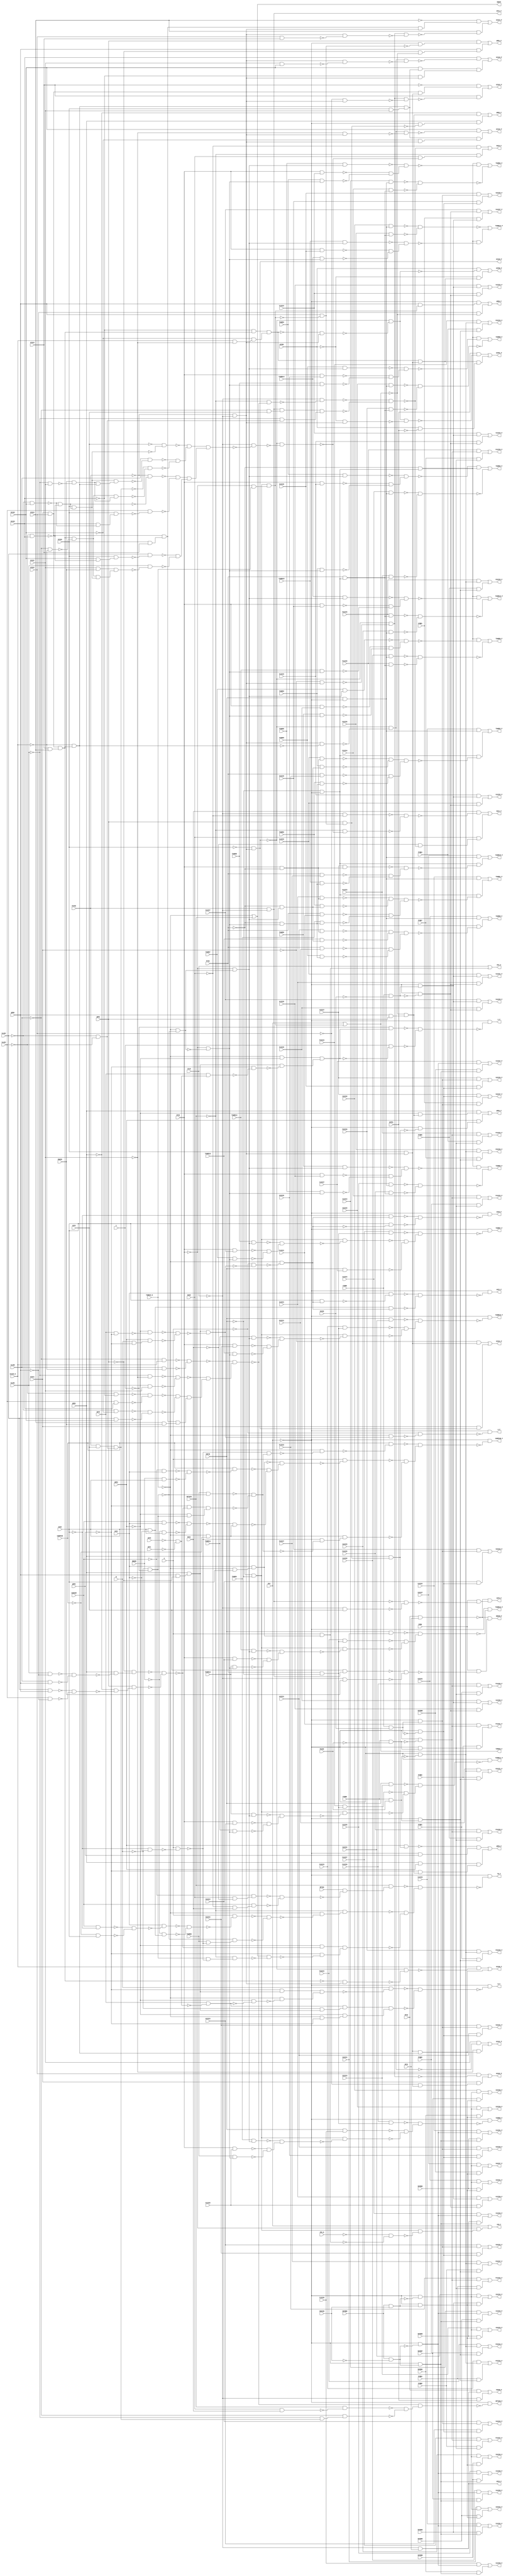
module apex6 ( 
    PSRW, VFIN, PFIN, INFIN, VYBB0, VYBB1, VZZZE, PYBB0, PYBB1, PYBB2,
    PYBB3, PYBB4, PYBB5, PYBB6, PYBB7, PYBB8, PZZZE, INYBB0, INYBB1,
    INYBB2, INYBB3, INYBB4, INYBB5, INYBB6, INYBB7, INYBB8, INZZZE, MMERR,
    ESRSUM, CBT0, CBT1, CBT2, SLAD0, SLAD1, SLAD2, SLAD3, PSYNC, RPTEN,
    ICLR, STW_N, P1ZZZ0, P1ZZZ1, P1ZZZ2, P1ZZZ3, P1ZZZ4, P1ZZZ5, P1ZZZ6,
    P1ZZZ7, P2ZZZ0, P2ZZZ1, P2ZZZ2, P2ZZZ3, P2ZZZ4, P2ZZZ5, P2ZZZ6, P2ZZZ7,
    I1ZZZ0, I1ZZZ1, I1ZZZ2, I1ZZZ3, I1ZZZ4, I1ZZZ5, I1ZZZ6, I1ZZZ7, I2ZZZ0,
    I2ZZZ1, I2ZZZ2, I2ZZZ3, I2ZZZ4, I2ZZZ5, I2ZZZ6, I2ZZZ7, TXMESS_N, RYZ,
    COMPPAR, RPTWIN, XZFR0, XZFR1, XZFS, RXZ0, RXZ1, OFS2, OFS1, A, B, C,
    QPR0, QPR1, QPR2, QPR3, QPR4, AXZ0, AXZ1, V1ZZZ0, V1ZZZ1, V1ZZZ2,
    V1ZZZ3, V1ZZZ4, V1ZZZ5, V1ZZZ6, V1ZZZ7, V2ZZZ0, V2ZZZ1, V2ZZZ2, V2ZZZ3,
    V2ZZZ4, V2ZZZ5, V2ZZZ6, V2ZZZ7, TXWRD0, TXWRD1, TXWRD2, TXWRD3, TXWRD4,
    TXWRD5, TXWRD6, TXWRD7, TXWRD8, TXWRD9, TXWRD10, TXWRD11, TXWRD12,
    TXWRD13, TXWRD14, TXWRD15, XZ320, XZ321, XZ322, XZ323, XZ324, XZ160_N,
    XZ161, XZ162, XZ163, ENWIN,
    SBUFF, STW_F, TD_P, FSESR_P, P1ZZZ0_P, P1ZZZ1_P, P1ZZZ2_P, P1ZZZ3_P,
    P1ZZZ4_P, P1ZZZ5_P, P1ZZZ6_P, P1ZZZ7_P, P2ZZZ0_P, P2ZZZ1_P, P2ZZZ2_P,
    P2ZZZ3_P, P2ZZZ4_P, P2ZZZ5_P, P2ZZZ6_P, P2ZZZ7_P, I1ZZZ0_P, I1ZZZ1_P,
    I1ZZZ2_P, I1ZZZ3_P, I1ZZZ4_P, I1ZZZ5_P, I1ZZZ6_P, I1ZZZ7_P, I2ZZZ0_P,
    I2ZZZ1_P, I2ZZZ2_P, I2ZZZ3_P, I2ZZZ4_P, I2ZZZ5_P, I2ZZZ6_P, I2ZZZ7_P,
    TXMESS_F, RYZ_P, COMPPAR_P, RPTWIN_P, XZFR0_P, XZFR1_P, XZFS_P, RXZ0_P,
    RXZ1_P, OFS2_P, OFS1_P, A_P, B_P, C_P, QPR0_P, QPR1_P, QPR2_P, QPR3_P,
    QPR4_P, AXZ0_P, AXZ1_P, V1ZZZ0_P, V1ZZZ1_P, V1ZZZ2_P, V1ZZZ3_P,
    V1ZZZ4_P, V1ZZZ5_P, V1ZZZ6_P, V1ZZZ7_P, V2ZZZ0_P, V2ZZZ1_P, V2ZZZ2_P,
    V2ZZZ3_P, V2ZZZ4_P, V2ZZZ5_P, V2ZZZ6_P, V2ZZZ7_P, TXWRD0_P, TXWRD1_P,
    TXWRD2_P, TXWRD3_P, TXWRD4_P, TXWRD5_P, TXWRD6_P, TXWRD7_P, TXWRD8_P,
    TXWRD9_P, TXWRD10_P, TXWRD11_P, TXWRD12_P, TXWRD13_P, TXWRD14_P,
    TXWRD15_P, XZ320_P, XZ321_P, XZ322_P, XZ323_P, XZ324_P, XZ160_F,
    XZ161_P, XZ162_P, XZ163_P, ENWIN_P  );
  input  PSRW, VFIN, PFIN, INFIN, VYBB0, VYBB1, VZZZE, PYBB0, PYBB1,
    PYBB2, PYBB3, PYBB4, PYBB5, PYBB6, PYBB7, PYBB8, PZZZE, INYBB0, INYBB1,
    INYBB2, INYBB3, INYBB4, INYBB5, INYBB6, INYBB7, INYBB8, INZZZE, MMERR,
    ESRSUM, CBT0, CBT1, CBT2, SLAD0, SLAD1, SLAD2, SLAD3, PSYNC, RPTEN,
    ICLR, STW_N, P1ZZZ0, P1ZZZ1, P1ZZZ2, P1ZZZ3, P1ZZZ4, P1ZZZ5, P1ZZZ6,
    P1ZZZ7, P2ZZZ0, P2ZZZ1, P2ZZZ2, P2ZZZ3, P2ZZZ4, P2ZZZ5, P2ZZZ6, P2ZZZ7,
    I1ZZZ0, I1ZZZ1, I1ZZZ2, I1ZZZ3, I1ZZZ4, I1ZZZ5, I1ZZZ6, I1ZZZ7, I2ZZZ0,
    I2ZZZ1, I2ZZZ2, I2ZZZ3, I2ZZZ4, I2ZZZ5, I2ZZZ6, I2ZZZ7, TXMESS_N, RYZ,
    COMPPAR, RPTWIN, XZFR0, XZFR1, XZFS, RXZ0, RXZ1, OFS2, OFS1, A, B, C,
    QPR0, QPR1, QPR2, QPR3, QPR4, AXZ0, AXZ1, V1ZZZ0, V1ZZZ1, V1ZZZ2,
    V1ZZZ3, V1ZZZ4, V1ZZZ5, V1ZZZ6, V1ZZZ7, V2ZZZ0, V2ZZZ1, V2ZZZ2, V2ZZZ3,
    V2ZZZ4, V2ZZZ5, V2ZZZ6, V2ZZZ7, TXWRD0, TXWRD1, TXWRD2, TXWRD3, TXWRD4,
    TXWRD5, TXWRD6, TXWRD7, TXWRD8, TXWRD9, TXWRD10, TXWRD11, TXWRD12,
    TXWRD13, TXWRD14, TXWRD15, XZ320, XZ321, XZ322, XZ323, XZ324, XZ160_N,
    XZ161, XZ162, XZ163, ENWIN;
  output SBUFF, STW_F, TD_P, FSESR_P, P1ZZZ0_P, P1ZZZ1_P, P1ZZZ2_P, P1ZZZ3_P,
    P1ZZZ4_P, P1ZZZ5_P, P1ZZZ6_P, P1ZZZ7_P, P2ZZZ0_P, P2ZZZ1_P, P2ZZZ2_P,
    P2ZZZ3_P, P2ZZZ4_P, P2ZZZ5_P, P2ZZZ6_P, P2ZZZ7_P, I1ZZZ0_P, I1ZZZ1_P,
    I1ZZZ2_P, I1ZZZ3_P, I1ZZZ4_P, I1ZZZ5_P, I1ZZZ6_P, I1ZZZ7_P, I2ZZZ0_P,
    I2ZZZ1_P, I2ZZZ2_P, I2ZZZ3_P, I2ZZZ4_P, I2ZZZ5_P, I2ZZZ6_P, I2ZZZ7_P,
    TXMESS_F, RYZ_P, COMPPAR_P, RPTWIN_P, XZFR0_P, XZFR1_P, XZFS_P, RXZ0_P,
    RXZ1_P, OFS2_P, OFS1_P, A_P, B_P, C_P, QPR0_P, QPR1_P, QPR2_P, QPR3_P,
    QPR4_P, AXZ0_P, AXZ1_P, V1ZZZ0_P, V1ZZZ1_P, V1ZZZ2_P, V1ZZZ3_P,
    V1ZZZ4_P, V1ZZZ5_P, V1ZZZ6_P, V1ZZZ7_P, V2ZZZ0_P, V2ZZZ1_P, V2ZZZ2_P,
    V2ZZZ3_P, V2ZZZ4_P, V2ZZZ5_P, V2ZZZ6_P, V2ZZZ7_P, TXWRD0_P, TXWRD1_P,
    TXWRD2_P, TXWRD3_P, TXWRD4_P, TXWRD5_P, TXWRD6_P, TXWRD7_P, TXWRD8_P,
    TXWRD9_P, TXWRD10_P, TXWRD11_P, TXWRD12_P, TXWRD13_P, TXWRD14_P,
    TXWRD15_P, XZ320_P, XZ321_P, XZ322_P, XZ323_P, XZ324_P, XZ160_F,
    XZ161_P, XZ162_P, XZ163_P, ENWIN_P;
  wire new_n236_, new_n237_, new_n238_, new_n239_, new_n240_, new_n241_,
    new_n242_, new_n244_, new_n245_, new_n246_, new_n247_, new_n248_,
    new_n249_, new_n250_, new_n251_, new_n252_, new_n253_, new_n254_,
    new_n255_, new_n256_, new_n257_, new_n258_, new_n259_, new_n260_,
    new_n261_, new_n262_, new_n263_, new_n264_, new_n265_, new_n266_,
    new_n267_, new_n268_, new_n269_, new_n270_, new_n271_, new_n272_,
    new_n273_, new_n274_, new_n275_, new_n276_, new_n277_, new_n278_,
    new_n279_, new_n280_, new_n281_, new_n282_, new_n283_, new_n284_,
    new_n285_, new_n288_, new_n289_, new_n291_, new_n292_, new_n293_,
    new_n294_, new_n295_, new_n297_, new_n298_, new_n300_, new_n301_,
    new_n303_, new_n304_, new_n306_, new_n307_, new_n309_, new_n310_,
    new_n312_, new_n313_, new_n315_, new_n316_, new_n318_, new_n319_,
    new_n320_, new_n321_, new_n322_, new_n324_, new_n325_, new_n327_,
    new_n328_, new_n330_, new_n331_, new_n333_, new_n334_, new_n336_,
    new_n337_, new_n339_, new_n340_, new_n342_, new_n343_, new_n345_,
    new_n346_, new_n347_, new_n348_, new_n349_, new_n351_, new_n352_,
    new_n354_, new_n355_, new_n357_, new_n358_, new_n360_, new_n361_,
    new_n363_, new_n364_, new_n366_, new_n367_, new_n369_, new_n370_,
    new_n372_, new_n373_, new_n374_, new_n375_, new_n376_, new_n378_,
    new_n379_, new_n381_, new_n382_, new_n384_, new_n385_, new_n387_,
    new_n388_, new_n390_, new_n391_, new_n393_, new_n394_, new_n396_,
    new_n397_, new_n399_, new_n400_, new_n403_, new_n404_, new_n405_,
    new_n406_, new_n407_, new_n408_, new_n409_, new_n410_, new_n411_,
    new_n412_, new_n413_, new_n414_, new_n415_, new_n416_, new_n417_,
    new_n418_, new_n419_, new_n420_, new_n421_, new_n422_, new_n423_,
    new_n424_, new_n425_, new_n426_, new_n428_, new_n429_, new_n430_,
    new_n431_, new_n432_, new_n433_, new_n434_, new_n435_, new_n436_,
    new_n437_, new_n438_, new_n439_, new_n440_, new_n441_, new_n442_,
    new_n443_, new_n444_, new_n445_, new_n446_, new_n447_, new_n448_,
    new_n449_, new_n450_, new_n451_, new_n452_, new_n453_, new_n454_,
    new_n455_, new_n456_, new_n457_, new_n459_, new_n460_, new_n461_,
    new_n462_, new_n463_, new_n464_, new_n465_, new_n467_, new_n468_,
    new_n469_, new_n470_, new_n471_, new_n472_, new_n474_, new_n475_,
    new_n476_, new_n477_, new_n478_, new_n481_, new_n482_, new_n483_,
    new_n484_, new_n486_, new_n487_, new_n488_, new_n489_, new_n490_,
    new_n491_, new_n492_, new_n493_, new_n494_, new_n495_, new_n496_,
    new_n497_, new_n498_, new_n499_, new_n500_, new_n501_, new_n502_,
    new_n503_, new_n504_, new_n505_, new_n506_, new_n507_, new_n508_,
    new_n509_, new_n510_, new_n511_, new_n512_, new_n513_, new_n514_,
    new_n515_, new_n516_, new_n517_, new_n518_, new_n519_, new_n520_,
    new_n521_, new_n522_, new_n523_, new_n524_, new_n525_, new_n526_,
    new_n527_, new_n528_, new_n529_, new_n531_, new_n532_, new_n533_,
    new_n534_, new_n535_, new_n536_, new_n538_, new_n539_, new_n540_,
    new_n541_, new_n542_, new_n543_, new_n544_, new_n545_, new_n546_,
    new_n547_, new_n549_, new_n550_, new_n551_, new_n552_, new_n553_,
    new_n554_, new_n555_, new_n556_, new_n557_, new_n558_, new_n559_,
    new_n560_, new_n561_, new_n563_, new_n564_, new_n565_, new_n566_,
    new_n567_, new_n568_, new_n569_, new_n570_, new_n572_, new_n573_,
    new_n574_, new_n576_, new_n577_, new_n578_, new_n579_, new_n580_,
    new_n582_, new_n583_, new_n584_, new_n585_, new_n586_, new_n587_,
    new_n589_, new_n590_, new_n591_, new_n592_, new_n593_, new_n595_,
    new_n596_, new_n597_, new_n598_, new_n599_, new_n600_, new_n602_,
    new_n603_, new_n604_, new_n605_, new_n606_, new_n608_, new_n609_,
    new_n610_, new_n611_, new_n613_, new_n614_, new_n615_, new_n616_,
    new_n617_, new_n619_, new_n620_, new_n622_, new_n623_, new_n625_,
    new_n626_, new_n628_, new_n629_, new_n631_, new_n632_, new_n634_,
    new_n635_, new_n637_, new_n638_, new_n640_, new_n641_, new_n642_,
    new_n643_, new_n644_, new_n646_, new_n647_, new_n649_, new_n650_,
    new_n652_, new_n653_, new_n655_, new_n656_, new_n658_, new_n659_,
    new_n661_, new_n662_, new_n664_, new_n665_, new_n667_, new_n668_,
    new_n669_, new_n670_, new_n671_, new_n672_, new_n673_, new_n674_,
    new_n675_, new_n676_, new_n677_, new_n678_, new_n679_, new_n680_,
    new_n682_, new_n683_, new_n684_, new_n685_, new_n686_, new_n687_,
    new_n688_, new_n689_, new_n690_, new_n691_, new_n692_, new_n693_,
    new_n694_, new_n695_, new_n697_, new_n698_, new_n699_, new_n700_,
    new_n701_, new_n702_, new_n703_, new_n704_, new_n705_, new_n707_,
    new_n708_, new_n709_, new_n710_, new_n711_, new_n712_, new_n713_,
    new_n714_, new_n715_, new_n716_, new_n717_, new_n719_, new_n720_,
    new_n721_, new_n722_, new_n723_, new_n724_, new_n725_, new_n726_,
    new_n727_, new_n729_, new_n730_, new_n731_, new_n732_, new_n733_,
    new_n734_, new_n735_, new_n736_, new_n737_, new_n739_, new_n740_,
    new_n741_, new_n742_, new_n743_, new_n744_, new_n745_, new_n746_,
    new_n747_, new_n749_, new_n750_, new_n751_, new_n752_, new_n753_,
    new_n754_, new_n755_, new_n756_, new_n757_, new_n758_, new_n760_,
    new_n761_, new_n762_, new_n763_, new_n764_, new_n765_, new_n766_,
    new_n767_, new_n768_, new_n770_, new_n771_, new_n772_, new_n773_,
    new_n774_, new_n775_, new_n776_, new_n777_, new_n778_, new_n780_,
    new_n781_, new_n782_, new_n783_, new_n784_, new_n785_, new_n786_,
    new_n787_, new_n788_, new_n789_, new_n791_, new_n792_, new_n793_,
    new_n794_, new_n795_, new_n796_, new_n797_, new_n798_, new_n799_,
    new_n800_, new_n802_, new_n803_, new_n804_, new_n805_, new_n806_,
    new_n807_, new_n808_, new_n809_, new_n810_, new_n811_, new_n813_,
    new_n814_, new_n815_, new_n816_, new_n817_, new_n818_, new_n819_,
    new_n820_, new_n821_, new_n823_, new_n824_, new_n825_, new_n826_,
    new_n827_, new_n828_, new_n829_, new_n830_, new_n831_, new_n833_,
    new_n834_, new_n835_, new_n836_, new_n837_, new_n838_, new_n839_,
    new_n841_, new_n842_, new_n844_, new_n845_, new_n846_, new_n847_,
    new_n848_, new_n850_, new_n851_, new_n852_, new_n853_, new_n854_,
    new_n856_, new_n857_, new_n858_, new_n859_, new_n860_, new_n861_,
    new_n863_, new_n864_, new_n865_, new_n866_, new_n868_, new_n869_,
    new_n870_, new_n871_, new_n873_, new_n874_, new_n875_, new_n876_,
    new_n877_, new_n878_, new_n879_, new_n881_, new_n882_, new_n883_,
    new_n884_, new_n885_, new_n886_, new_n887_, new_n889_, new_n890_,
    new_n891_, new_n892_;
  assign SBUFF = ~TXMESS_N | RPTWIN;
  assign new_n236_ = ~PFIN & ~INFIN;
  assign new_n237_ = ~TXMESS_N & AXZ0;
  assign new_n238_ = AXZ1 & new_n237_;
  assign new_n239_ = A & new_n238_;
  assign new_n240_ = ~STW_N & ~new_n239_;
  assign new_n241_ = new_n236_ & ~new_n240_;
  assign new_n242_ = ~VFIN & new_n241_;
  assign STW_F = RYZ | new_n242_;
  assign new_n244_ = SLAD2 & QPR0;
  assign new_n245_ = SLAD3 & ~QPR0;
  assign new_n246_ = ~new_n244_ & ~new_n245_;
  assign new_n247_ = SLAD1 & ~QPR0;
  assign new_n248_ = SLAD0 & QPR0;
  assign new_n249_ = ~new_n247_ & ~new_n248_;
  assign new_n250_ = QPR2 & ~new_n249_;
  assign new_n251_ = ~QPR1 & new_n250_;
  assign new_n252_ = ~QPR2 & ~new_n246_;
  assign new_n253_ = QPR1 & new_n252_;
  assign new_n254_ = ~new_n251_ & ~new_n253_;
  assign new_n255_ = ESRSUM & ~AXZ0;
  assign new_n256_ = ~COMPPAR & AXZ0;
  assign new_n257_ = ~new_n255_ & ~new_n256_;
  assign new_n258_ = AXZ1 & ~new_n257_;
  assign new_n259_ = AXZ0 & ~AXZ1;
  assign new_n260_ = ~MMERR & new_n259_;
  assign new_n261_ = ~new_n258_ & ~new_n260_;
  assign new_n262_ = ~B & ~C;
  assign new_n263_ = ~AXZ0 & ~AXZ1;
  assign new_n264_ = A & ~new_n263_;
  assign new_n265_ = A & ~new_n261_;
  assign new_n266_ = TXWRD0 & ~new_n264_;
  assign new_n267_ = ~new_n262_ & new_n266_;
  assign new_n268_ = ~new_n265_ & ~new_n267_;
  assign new_n269_ = new_n262_ & ~new_n264_;
  assign new_n270_ = ~RPTWIN & new_n269_;
  assign new_n271_ = SBUFF & ~new_n270_;
  assign new_n272_ = RXZ0 & ~RXZ1;
  assign new_n273_ = ~ESRSUM & new_n272_;
  assign new_n274_ = ~RXZ0 & RXZ1;
  assign new_n275_ = ESRSUM & new_n274_;
  assign new_n276_ = ~new_n273_ & ~new_n275_;
  assign new_n277_ = RPTEN & ~new_n276_;
  assign new_n278_ = RPTWIN & new_n277_;
  assign new_n279_ = ~TXMESS_N & ~new_n268_;
  assign new_n280_ = ~RPTWIN & new_n279_;
  assign new_n281_ = ~QPR3 & ~new_n254_;
  assign new_n282_ = ~QPR4 & ~new_n271_;
  assign new_n283_ = new_n281_ & new_n282_;
  assign new_n284_ = ~new_n280_ & ~new_n283_;
  assign new_n285_ = ~new_n278_ & new_n284_;
  assign TD_P = ~RYZ & ~new_n285_;
  assign OFS2_P = ~ICLR & OFS1;
  assign new_n288_ = OFS2 & OFS2_P;
  assign new_n289_ = ~ICLR & XZFR1;
  assign FSESR_P = new_n288_ | new_n289_;
  assign new_n291_ = PYBB0 & ~PZZZE;
  assign new_n292_ = ~RYZ & ~new_n291_;
  assign new_n293_ = ~RYZ & new_n291_;
  assign new_n294_ = P1ZZZ0 & new_n292_;
  assign new_n295_ = PYBB1 & new_n293_;
  assign P1ZZZ0_P = new_n294_ | new_n295_;
  assign new_n297_ = P1ZZZ1 & new_n292_;
  assign new_n298_ = PYBB2 & new_n293_;
  assign P1ZZZ1_P = new_n297_ | new_n298_;
  assign new_n300_ = P1ZZZ2 & new_n292_;
  assign new_n301_ = PYBB3 & new_n293_;
  assign P1ZZZ2_P = new_n300_ | new_n301_;
  assign new_n303_ = P1ZZZ3 & new_n292_;
  assign new_n304_ = PYBB4 & new_n293_;
  assign P1ZZZ3_P = new_n303_ | new_n304_;
  assign new_n306_ = P1ZZZ4 & new_n292_;
  assign new_n307_ = PYBB5 & new_n293_;
  assign P1ZZZ4_P = new_n306_ | new_n307_;
  assign new_n309_ = P1ZZZ5 & new_n292_;
  assign new_n310_ = PYBB6 & new_n293_;
  assign P1ZZZ5_P = new_n309_ | new_n310_;
  assign new_n312_ = P1ZZZ6 & new_n292_;
  assign new_n313_ = PYBB7 & new_n293_;
  assign P1ZZZ6_P = new_n312_ | new_n313_;
  assign new_n315_ = P1ZZZ7 & new_n292_;
  assign new_n316_ = PYBB8 & new_n293_;
  assign P1ZZZ7_P = new_n315_ | new_n316_;
  assign new_n318_ = PYBB0 & PZZZE;
  assign new_n319_ = ~RYZ & ~new_n318_;
  assign new_n320_ = ~RYZ & new_n318_;
  assign new_n321_ = P2ZZZ0 & new_n319_;
  assign new_n322_ = PYBB1 & new_n320_;
  assign P2ZZZ0_P = new_n321_ | new_n322_;
  assign new_n324_ = P2ZZZ1 & new_n319_;
  assign new_n325_ = PYBB2 & new_n320_;
  assign P2ZZZ1_P = new_n324_ | new_n325_;
  assign new_n327_ = P2ZZZ2 & new_n319_;
  assign new_n328_ = PYBB3 & new_n320_;
  assign P2ZZZ2_P = new_n327_ | new_n328_;
  assign new_n330_ = P2ZZZ3 & new_n319_;
  assign new_n331_ = PYBB4 & new_n320_;
  assign P2ZZZ3_P = new_n330_ | new_n331_;
  assign new_n333_ = P2ZZZ4 & new_n319_;
  assign new_n334_ = PYBB5 & new_n320_;
  assign P2ZZZ4_P = new_n333_ | new_n334_;
  assign new_n336_ = P2ZZZ5 & new_n319_;
  assign new_n337_ = PYBB6 & new_n320_;
  assign P2ZZZ5_P = new_n336_ | new_n337_;
  assign new_n339_ = P2ZZZ6 & new_n319_;
  assign new_n340_ = PYBB7 & new_n320_;
  assign P2ZZZ6_P = new_n339_ | new_n340_;
  assign new_n342_ = P2ZZZ7 & new_n319_;
  assign new_n343_ = PYBB8 & new_n320_;
  assign P2ZZZ7_P = new_n342_ | new_n343_;
  assign new_n345_ = INYBB0 & ~INZZZE;
  assign new_n346_ = ~RYZ & ~new_n345_;
  assign new_n347_ = ~RYZ & new_n345_;
  assign new_n348_ = I1ZZZ0 & new_n346_;
  assign new_n349_ = INYBB1 & new_n347_;
  assign I1ZZZ0_P = new_n348_ | new_n349_;
  assign new_n351_ = I1ZZZ1 & new_n346_;
  assign new_n352_ = INYBB2 & new_n347_;
  assign I1ZZZ1_P = new_n351_ | new_n352_;
  assign new_n354_ = I1ZZZ2 & new_n346_;
  assign new_n355_ = INYBB3 & new_n347_;
  assign I1ZZZ2_P = new_n354_ | new_n355_;
  assign new_n357_ = I1ZZZ3 & new_n346_;
  assign new_n358_ = INYBB4 & new_n347_;
  assign I1ZZZ3_P = new_n357_ | new_n358_;
  assign new_n360_ = I1ZZZ4 & new_n346_;
  assign new_n361_ = INYBB5 & new_n347_;
  assign I1ZZZ4_P = new_n360_ | new_n361_;
  assign new_n363_ = I1ZZZ5 & new_n346_;
  assign new_n364_ = INYBB6 & new_n347_;
  assign I1ZZZ5_P = new_n363_ | new_n364_;
  assign new_n366_ = I1ZZZ6 & new_n346_;
  assign new_n367_ = INYBB7 & new_n347_;
  assign I1ZZZ6_P = new_n366_ | new_n367_;
  assign new_n369_ = I1ZZZ7 & new_n346_;
  assign new_n370_ = INYBB8 & new_n347_;
  assign I1ZZZ7_P = new_n369_ | new_n370_;
  assign new_n372_ = INYBB0 & INZZZE;
  assign new_n373_ = ~RYZ & ~new_n372_;
  assign new_n374_ = ~RYZ & new_n372_;
  assign new_n375_ = I2ZZZ0 & new_n373_;
  assign new_n376_ = INYBB1 & new_n374_;
  assign I2ZZZ0_P = new_n375_ | new_n376_;
  assign new_n378_ = I2ZZZ1 & new_n373_;
  assign new_n379_ = INYBB2 & new_n374_;
  assign I2ZZZ1_P = new_n378_ | new_n379_;
  assign new_n381_ = I2ZZZ2 & new_n373_;
  assign new_n382_ = INYBB3 & new_n374_;
  assign I2ZZZ2_P = new_n381_ | new_n382_;
  assign new_n384_ = I2ZZZ3 & new_n373_;
  assign new_n385_ = INYBB4 & new_n374_;
  assign I2ZZZ3_P = new_n384_ | new_n385_;
  assign new_n387_ = I2ZZZ4 & new_n373_;
  assign new_n388_ = INYBB5 & new_n374_;
  assign I2ZZZ4_P = new_n387_ | new_n388_;
  assign new_n390_ = I2ZZZ5 & new_n373_;
  assign new_n391_ = INYBB6 & new_n374_;
  assign I2ZZZ5_P = new_n390_ | new_n391_;
  assign new_n393_ = I2ZZZ6 & new_n373_;
  assign new_n394_ = INYBB7 & new_n374_;
  assign I2ZZZ6_P = new_n393_ | new_n394_;
  assign new_n396_ = I2ZZZ7 & new_n373_;
  assign new_n397_ = INYBB8 & new_n374_;
  assign I2ZZZ7_P = new_n396_ | new_n397_;
  assign new_n399_ = ~VFIN & TXMESS_N;
  assign new_n400_ = new_n236_ & new_n399_;
  assign TXMESS_F = RYZ | new_n400_;
  assign RYZ_P = ICLR | new_n239_;
  assign new_n403_ = TXWRD0 & ~new_n262_;
  assign new_n404_ = ~QPR4 & ~new_n254_;
  assign new_n405_ = ~QPR3 & new_n262_;
  assign new_n406_ = new_n404_ & new_n405_;
  assign new_n407_ = ~new_n403_ & ~new_n406_;
  assign new_n408_ = ESRSUM & AXZ1;
  assign new_n409_ = ~MMERR & AXZ0;
  assign new_n410_ = ~new_n408_ & ~new_n409_;
  assign new_n411_ = ~ESRSUM & AXZ1;
  assign new_n412_ = MMERR & AXZ0;
  assign new_n413_ = ~new_n411_ & ~new_n412_;
  assign new_n414_ = COMPPAR & ~new_n413_;
  assign new_n415_ = ~TXMESS_N & ~COMPPAR;
  assign new_n416_ = ~new_n410_ & new_n415_;
  assign new_n417_ = ~new_n414_ & ~new_n416_;
  assign new_n418_ = ~new_n238_ & new_n417_;
  assign new_n419_ = ~new_n264_ & new_n407_;
  assign new_n420_ = ~TXMESS_N & ~new_n419_;
  assign new_n421_ = COMPPAR & ~new_n420_;
  assign new_n422_ = A & ~new_n418_;
  assign new_n423_ = ~new_n264_ & ~new_n407_;
  assign new_n424_ = new_n415_ & new_n423_;
  assign new_n425_ = ~new_n422_ & ~new_n424_;
  assign new_n426_ = ~new_n421_ & new_n425_;
  assign COMPPAR_P = ~RYZ & ~new_n426_;
  assign new_n428_ = RXZ0 & RXZ1;
  assign new_n429_ = PSYNC & XZFS;
  assign new_n430_ = ~SLAD2 & ~SLAD3;
  assign new_n431_ = new_n429_ & new_n430_;
  assign new_n432_ = XZ321 & XZ322;
  assign new_n433_ = XZ320 & XZ323;
  assign new_n434_ = new_n432_ & new_n433_;
  assign new_n435_ = ~SLAD3 & ~XZ163;
  assign new_n436_ = SLAD3 & XZ163;
  assign new_n437_ = ~new_n435_ & ~new_n436_;
  assign new_n438_ = ~SLAD2 & ~XZ162;
  assign new_n439_ = SLAD2 & XZ162;
  assign new_n440_ = ~new_n438_ & ~new_n439_;
  assign new_n441_ = ~new_n437_ & ~new_n440_;
  assign new_n442_ = ~SLAD1 & ~XZ161;
  assign new_n443_ = SLAD1 & XZ161;
  assign new_n444_ = ~new_n442_ & ~new_n443_;
  assign new_n445_ = ~SLAD0 & XZ160_N;
  assign new_n446_ = SLAD0 & ~XZ160_N;
  assign new_n447_ = ~new_n445_ & ~new_n446_;
  assign new_n448_ = XZ324 & ENWIN;
  assign new_n449_ = new_n434_ & new_n448_;
  assign new_n450_ = new_n441_ & new_n449_;
  assign new_n451_ = ~new_n444_ & new_n450_;
  assign new_n452_ = ~new_n447_ & new_n451_;
  assign new_n453_ = RPTWIN & ~new_n428_;
  assign new_n454_ = ~SLAD1 & new_n431_;
  assign new_n455_ = ~SLAD0 & new_n454_;
  assign new_n456_ = ~new_n453_ & ~new_n455_;
  assign new_n457_ = ~new_n452_ & new_n456_;
  assign RPTWIN_P = ~RYZ & ~new_n457_;
  assign new_n459_ = XZ323 & XZ324;
  assign new_n460_ = new_n432_ & new_n459_;
  assign new_n461_ = ~XZ163 & new_n460_;
  assign new_n462_ = XZ160_N & ~XZ161;
  assign new_n463_ = ~XZ162 & new_n462_;
  assign new_n464_ = new_n461_ & new_n463_;
  assign new_n465_ = ~PSYNC & ~ICLR;
  assign XZ320_P = ~XZ320 & new_n465_;
  assign new_n467_ = ~new_n464_ & new_n465_;
  assign new_n468_ = ~XZ320_P & ~new_n467_;
  assign new_n469_ = XZ320 & new_n465_;
  assign new_n470_ = XZFR0 & ~new_n468_;
  assign new_n471_ = new_n464_ & new_n469_;
  assign new_n472_ = ~XZFR0 & new_n471_;
  assign XZFR0_P = new_n470_ | new_n472_;
  assign new_n474_ = ~XZFR0 & new_n465_;
  assign new_n475_ = new_n468_ & ~new_n474_;
  assign new_n476_ = XZFR1 & ~new_n475_;
  assign new_n477_ = XZFR0 & ~XZFR1;
  assign new_n478_ = new_n471_ & new_n477_;
  assign XZFR1_P = new_n476_ | new_n478_;
  assign OFS1_P = PSYNC & ~ICLR;
  assign new_n481_ = ~ICLR & XZFS;
  assign new_n482_ = ~OFS1_P & ~new_n481_;
  assign new_n483_ = OFS2 & OFS1;
  assign new_n484_ = PSRW & ~new_n482_;
  assign XZFS_P = ~new_n483_ & new_n484_;
  assign new_n486_ = ~RPTWIN & ~new_n452_;
  assign new_n487_ = ~ICLR & ~new_n486_;
  assign new_n488_ = ~SLAD0 & XZFS;
  assign new_n489_ = OFS1_P & new_n488_;
  assign new_n490_ = ~SLAD1 & new_n430_;
  assign new_n491_ = new_n489_ & new_n490_;
  assign new_n492_ = ~new_n487_ & ~new_n491_;
  assign new_n493_ = ~SLAD2 & XZ162;
  assign new_n494_ = XZ163 & ~new_n493_;
  assign new_n495_ = XZ320 & new_n494_;
  assign new_n496_ = ~SLAD3 & XZ163;
  assign new_n497_ = XZ162 & ~new_n496_;
  assign new_n498_ = XZ320 & new_n497_;
  assign new_n499_ = ~SLAD0 & ~XZ160_N;
  assign new_n500_ = new_n460_ & ~new_n499_;
  assign new_n501_ = ~new_n493_ & ~new_n496_;
  assign new_n502_ = XZ320 & new_n501_;
  assign new_n503_ = XZ161 & ENWIN;
  assign new_n504_ = new_n500_ & new_n502_;
  assign new_n505_ = new_n503_ & new_n504_;
  assign new_n506_ = ~SLAD1 & XZ161;
  assign new_n507_ = ENWIN & ~new_n506_;
  assign new_n508_ = new_n500_ & new_n507_;
  assign new_n509_ = ~XZ160_N & new_n460_;
  assign new_n510_ = new_n507_ & new_n509_;
  assign new_n511_ = new_n502_ & new_n510_;
  assign new_n512_ = ~XZFS & ~new_n502_;
  assign new_n513_ = SLAD0 & ~new_n511_;
  assign new_n514_ = ~new_n431_ & ~new_n508_;
  assign new_n515_ = ~new_n513_ & ~new_n514_;
  assign new_n516_ = ~new_n512_ & new_n515_;
  assign new_n517_ = ~PSYNC & ~new_n501_;
  assign new_n518_ = SLAD3 & ~new_n495_;
  assign new_n519_ = ~new_n517_ & ~new_n518_;
  assign new_n520_ = SLAD2 & ~new_n498_;
  assign new_n521_ = SLAD1 & ~new_n505_;
  assign new_n522_ = ~new_n520_ & ~new_n521_;
  assign new_n523_ = new_n519_ & new_n522_;
  assign new_n524_ = new_n516_ & new_n523_;
  assign new_n525_ = ~ICLR & ~new_n524_;
  assign new_n526_ = ~XZ320_P & ~new_n525_;
  assign new_n527_ = ~RXZ0 & ~new_n492_;
  assign new_n528_ = RXZ0 & ~new_n526_;
  assign new_n529_ = ~RPTWIN & new_n528_;
  assign RXZ0_P = new_n527_ | new_n529_;
  assign new_n531_ = ~ICLR & ~RXZ0;
  assign new_n532_ = ~RPTWIN & ~new_n526_;
  assign new_n533_ = ~new_n531_ & ~new_n532_;
  assign new_n534_ = RXZ1 & ~new_n533_;
  assign new_n535_ = ~RXZ1 & ~new_n492_;
  assign new_n536_ = RXZ0 & new_n535_;
  assign RXZ1_P = new_n534_ | new_n536_;
  assign new_n538_ = QPR0 & ~QPR1;
  assign new_n539_ = QPR2 & new_n538_;
  assign new_n540_ = CBT2 & ~QPR4;
  assign new_n541_ = B & ~QPR4;
  assign new_n542_ = ~QPR3 & ~new_n540_;
  assign new_n543_ = QPR3 & new_n541_;
  assign new_n544_ = ~new_n542_ & ~new_n543_;
  assign new_n545_ = new_n539_ & ~new_n544_;
  assign new_n546_ = ~TXMESS_N & new_n545_;
  assign new_n547_ = ~A & ~new_n546_;
  assign A_P = ~RYZ & ~new_n547_;
  assign new_n549_ = ~CBT0 & ~CBT1;
  assign new_n550_ = CBT2 & ~new_n549_;
  assign new_n551_ = ~QPR4 & new_n539_;
  assign new_n552_ = ~QPR3 & ~new_n550_;
  assign new_n553_ = ~TXMESS_N & ~new_n552_;
  assign new_n554_ = new_n551_ & new_n553_;
  assign new_n555_ = B & ~new_n554_;
  assign new_n556_ = ~B & new_n539_;
  assign new_n557_ = new_n550_ & new_n556_;
  assign new_n558_ = ~TXMESS_N & ~QPR4;
  assign new_n559_ = ~QPR3 & new_n558_;
  assign new_n560_ = new_n557_ & new_n559_;
  assign new_n561_ = ~new_n555_ & ~new_n560_;
  assign B_P = ~RYZ & ~new_n561_;
  assign new_n563_ = CBT2 & new_n549_;
  assign new_n564_ = ~TXMESS_N & ~QPR3;
  assign new_n565_ = ~QPR4 & ~new_n563_;
  assign new_n566_ = new_n539_ & ~new_n565_;
  assign new_n567_ = new_n564_ & new_n566_;
  assign new_n568_ = ~C & new_n567_;
  assign new_n569_ = C & ~new_n567_;
  assign new_n570_ = ~new_n568_ & ~new_n569_;
  assign C_P = ~RYZ & ~new_n570_;
  assign new_n572_ = QPR0 & new_n400_;
  assign new_n573_ = ~RYZ & new_n572_;
  assign new_n574_ = ~QPR0 & ~TXMESS_F;
  assign QPR0_P = new_n573_ | new_n574_;
  assign new_n576_ = QPR0 & ~new_n400_;
  assign new_n577_ = ~RYZ & ~new_n576_;
  assign new_n578_ = QPR1 & new_n577_;
  assign new_n579_ = ~QPR1 & ~TXMESS_F;
  assign new_n580_ = QPR0 & new_n579_;
  assign QPR1_P = new_n578_ | new_n580_;
  assign new_n582_ = QPR1 & new_n576_;
  assign new_n583_ = QPR0 & QPR1;
  assign new_n584_ = ~TXMESS_F & new_n583_;
  assign new_n585_ = ~QPR2 & new_n584_;
  assign new_n586_ = ~RYZ & ~new_n582_;
  assign new_n587_ = QPR2 & new_n586_;
  assign QPR2_P = new_n585_ | new_n587_;
  assign new_n589_ = QPR2 & new_n582_;
  assign new_n590_ = ~QPR3 & new_n584_;
  assign new_n591_ = QPR2 & new_n590_;
  assign new_n592_ = ~RYZ & ~new_n589_;
  assign new_n593_ = QPR3 & new_n592_;
  assign QPR3_P = new_n591_ | new_n593_;
  assign new_n595_ = QPR3 & new_n589_;
  assign new_n596_ = ~RYZ & QPR4;
  assign new_n597_ = ~new_n595_ & new_n596_;
  assign new_n598_ = QPR2 & QPR3;
  assign new_n599_ = ~QPR4 & new_n584_;
  assign new_n600_ = new_n598_ & new_n599_;
  assign QPR4_P = new_n597_ | new_n600_;
  assign new_n602_ = ~A & ~new_n545_;
  assign new_n603_ = ~TXMESS_N & ~new_n602_;
  assign new_n604_ = ~AXZ0 & new_n603_;
  assign new_n605_ = AXZ0 & ~new_n603_;
  assign new_n606_ = ~new_n604_ & ~new_n605_;
  assign AXZ0_P = ~RYZ & ~new_n606_;
  assign new_n608_ = AXZ0 & new_n603_;
  assign new_n609_ = AXZ1 & ~new_n608_;
  assign new_n610_ = new_n259_ & new_n603_;
  assign new_n611_ = ~new_n609_ & ~new_n610_;
  assign AXZ1_P = ~RYZ & ~new_n611_;
  assign new_n613_ = VYBB0 & ~VZZZE;
  assign new_n614_ = ~RYZ & ~new_n613_;
  assign new_n615_ = ~RYZ & new_n613_;
  assign new_n616_ = V1ZZZ1 & new_n615_;
  assign new_n617_ = V1ZZZ0 & new_n614_;
  assign V1ZZZ0_P = new_n616_ | new_n617_;
  assign new_n619_ = V1ZZZ2 & new_n615_;
  assign new_n620_ = V1ZZZ1 & new_n614_;
  assign V1ZZZ1_P = new_n619_ | new_n620_;
  assign new_n622_ = V1ZZZ3 & new_n615_;
  assign new_n623_ = V1ZZZ2 & new_n614_;
  assign V1ZZZ2_P = new_n622_ | new_n623_;
  assign new_n625_ = V1ZZZ4 & new_n615_;
  assign new_n626_ = V1ZZZ3 & new_n614_;
  assign V1ZZZ3_P = new_n625_ | new_n626_;
  assign new_n628_ = V1ZZZ5 & new_n615_;
  assign new_n629_ = V1ZZZ4 & new_n614_;
  assign V1ZZZ4_P = new_n628_ | new_n629_;
  assign new_n631_ = V1ZZZ6 & new_n615_;
  assign new_n632_ = V1ZZZ5 & new_n614_;
  assign V1ZZZ5_P = new_n631_ | new_n632_;
  assign new_n634_ = V1ZZZ7 & new_n615_;
  assign new_n635_ = V1ZZZ6 & new_n614_;
  assign V1ZZZ6_P = new_n634_ | new_n635_;
  assign new_n637_ = V1ZZZ7 & new_n614_;
  assign new_n638_ = VYBB1 & new_n615_;
  assign V1ZZZ7_P = new_n637_ | new_n638_;
  assign new_n640_ = VYBB0 & VZZZE;
  assign new_n641_ = ~RYZ & ~new_n640_;
  assign new_n642_ = ~RYZ & new_n640_;
  assign new_n643_ = V2ZZZ1 & new_n642_;
  assign new_n644_ = V2ZZZ0 & new_n641_;
  assign V2ZZZ0_P = new_n643_ | new_n644_;
  assign new_n646_ = V2ZZZ2 & new_n642_;
  assign new_n647_ = V2ZZZ1 & new_n641_;
  assign V2ZZZ1_P = new_n646_ | new_n647_;
  assign new_n649_ = V2ZZZ3 & new_n642_;
  assign new_n650_ = V2ZZZ2 & new_n641_;
  assign V2ZZZ2_P = new_n649_ | new_n650_;
  assign new_n652_ = V2ZZZ4 & new_n642_;
  assign new_n653_ = V2ZZZ3 & new_n641_;
  assign V2ZZZ3_P = new_n652_ | new_n653_;
  assign new_n655_ = V2ZZZ5 & new_n642_;
  assign new_n656_ = V2ZZZ4 & new_n641_;
  assign V2ZZZ4_P = new_n655_ | new_n656_;
  assign new_n658_ = V2ZZZ6 & new_n642_;
  assign new_n659_ = V2ZZZ5 & new_n641_;
  assign V2ZZZ5_P = new_n658_ | new_n659_;
  assign new_n661_ = V2ZZZ7 & new_n642_;
  assign new_n662_ = V2ZZZ6 & new_n641_;
  assign V2ZZZ6_P = new_n661_ | new_n662_;
  assign new_n664_ = V2ZZZ7 & new_n641_;
  assign new_n665_ = VYBB1 & new_n642_;
  assign V2ZZZ7_P = new_n664_ | new_n665_;
  assign new_n667_ = PFIN & ~INFIN;
  assign new_n668_ = ~TXMESS_N & ~new_n262_;
  assign new_n669_ = ~VFIN & ~new_n668_;
  assign new_n670_ = ~VFIN & new_n668_;
  assign new_n671_ = TXWRD1 & new_n670_;
  assign new_n672_ = VFIN & V1ZZZ0;
  assign new_n673_ = TXWRD0 & new_n669_;
  assign new_n674_ = ~new_n672_ & ~new_n673_;
  assign new_n675_ = ~new_n671_ & new_n674_;
  assign new_n676_ = P1ZZZ0 & new_n667_;
  assign new_n677_ = INFIN & I1ZZZ0;
  assign new_n678_ = new_n236_ & ~new_n675_;
  assign new_n679_ = ~new_n677_ & ~new_n678_;
  assign new_n680_ = ~new_n676_ & new_n679_;
  assign TXWRD0_P = ~RYZ & ~new_n680_;
  assign new_n682_ = ~INFIN & ~RYZ;
  assign new_n683_ = INFIN & ~RYZ;
  assign new_n684_ = ~PFIN & new_n669_;
  assign new_n685_ = ~PFIN & new_n670_;
  assign new_n686_ = VFIN & ~PFIN;
  assign new_n687_ = V1ZZZ1 & new_n686_;
  assign new_n688_ = TXWRD2 & new_n685_;
  assign new_n689_ = ~new_n687_ & ~new_n688_;
  assign new_n690_ = PFIN & P1ZZZ1;
  assign new_n691_ = TXWRD1 & new_n684_;
  assign new_n692_ = ~new_n690_ & ~new_n691_;
  assign new_n693_ = new_n689_ & new_n692_;
  assign new_n694_ = I1ZZZ1 & new_n683_;
  assign new_n695_ = new_n682_ & ~new_n693_;
  assign TXWRD1_P = new_n694_ | new_n695_;
  assign new_n697_ = V1ZZZ2 & new_n686_;
  assign new_n698_ = TXWRD3 & new_n685_;
  assign new_n699_ = ~new_n697_ & ~new_n698_;
  assign new_n700_ = PFIN & P1ZZZ2;
  assign new_n701_ = TXWRD2 & new_n684_;
  assign new_n702_ = ~new_n700_ & ~new_n701_;
  assign new_n703_ = new_n699_ & new_n702_;
  assign new_n704_ = I1ZZZ2 & new_n683_;
  assign new_n705_ = new_n682_ & ~new_n703_;
  assign TXWRD2_P = new_n704_ | new_n705_;
  assign new_n707_ = PFIN & new_n682_;
  assign new_n708_ = TXWRD4 & new_n670_;
  assign new_n709_ = VFIN & V1ZZZ3;
  assign new_n710_ = TXWRD3 & new_n669_;
  assign new_n711_ = ~new_n709_ & ~new_n710_;
  assign new_n712_ = ~new_n708_ & new_n711_;
  assign new_n713_ = ~PFIN & new_n682_;
  assign new_n714_ = ~new_n712_ & new_n713_;
  assign new_n715_ = I1ZZZ3 & new_n683_;
  assign new_n716_ = P1ZZZ3 & new_n707_;
  assign new_n717_ = ~new_n715_ & ~new_n716_;
  assign TXWRD3_P = new_n714_ | ~new_n717_;
  assign new_n719_ = TXWRD5 & new_n670_;
  assign new_n720_ = VFIN & V1ZZZ4;
  assign new_n721_ = TXWRD4 & new_n669_;
  assign new_n722_ = ~new_n720_ & ~new_n721_;
  assign new_n723_ = ~new_n719_ & new_n722_;
  assign new_n724_ = new_n713_ & ~new_n723_;
  assign new_n725_ = I1ZZZ4 & new_n683_;
  assign new_n726_ = P1ZZZ4 & new_n707_;
  assign new_n727_ = ~new_n725_ & ~new_n726_;
  assign TXWRD4_P = new_n724_ | ~new_n727_;
  assign new_n729_ = TXWRD6 & new_n670_;
  assign new_n730_ = VFIN & V1ZZZ5;
  assign new_n731_ = TXWRD5 & new_n669_;
  assign new_n732_ = ~new_n730_ & ~new_n731_;
  assign new_n733_ = ~new_n729_ & new_n732_;
  assign new_n734_ = new_n713_ & ~new_n733_;
  assign new_n735_ = I1ZZZ5 & new_n683_;
  assign new_n736_ = P1ZZZ5 & new_n707_;
  assign new_n737_ = ~new_n735_ & ~new_n736_;
  assign TXWRD5_P = new_n734_ | ~new_n737_;
  assign new_n739_ = TXWRD7 & new_n670_;
  assign new_n740_ = VFIN & V1ZZZ6;
  assign new_n741_ = TXWRD6 & new_n669_;
  assign new_n742_ = ~new_n740_ & ~new_n741_;
  assign new_n743_ = ~new_n739_ & new_n742_;
  assign new_n744_ = new_n713_ & ~new_n743_;
  assign new_n745_ = I1ZZZ6 & new_n683_;
  assign new_n746_ = P1ZZZ6 & new_n707_;
  assign new_n747_ = ~new_n745_ & ~new_n746_;
  assign TXWRD6_P = new_n744_ | ~new_n747_;
  assign new_n749_ = TXWRD8 & new_n670_;
  assign new_n750_ = VFIN & V1ZZZ7;
  assign new_n751_ = TXWRD7 & new_n669_;
  assign new_n752_ = ~new_n750_ & ~new_n751_;
  assign new_n753_ = ~new_n749_ & new_n752_;
  assign new_n754_ = P1ZZZ7 & new_n667_;
  assign new_n755_ = new_n236_ & ~new_n753_;
  assign new_n756_ = INFIN & I1ZZZ7;
  assign new_n757_ = ~new_n755_ & ~new_n756_;
  assign new_n758_ = ~new_n754_ & new_n757_;
  assign TXWRD7_P = ~RYZ & ~new_n758_;
  assign new_n760_ = TXWRD9 & new_n670_;
  assign new_n761_ = VFIN & V2ZZZ0;
  assign new_n762_ = TXWRD8 & new_n669_;
  assign new_n763_ = ~new_n761_ & ~new_n762_;
  assign new_n764_ = ~new_n760_ & new_n763_;
  assign new_n765_ = new_n713_ & ~new_n764_;
  assign new_n766_ = I2ZZZ0 & new_n683_;
  assign new_n767_ = P2ZZZ0 & new_n707_;
  assign new_n768_ = ~new_n766_ & ~new_n767_;
  assign TXWRD8_P = new_n765_ | ~new_n768_;
  assign new_n770_ = V2ZZZ1 & new_n686_;
  assign new_n771_ = TXWRD10 & new_n685_;
  assign new_n772_ = ~new_n770_ & ~new_n771_;
  assign new_n773_ = PFIN & P2ZZZ1;
  assign new_n774_ = TXWRD9 & new_n684_;
  assign new_n775_ = ~new_n773_ & ~new_n774_;
  assign new_n776_ = new_n772_ & new_n775_;
  assign new_n777_ = I2ZZZ1 & new_n683_;
  assign new_n778_ = new_n682_ & ~new_n776_;
  assign TXWRD9_P = new_n777_ | new_n778_;
  assign new_n780_ = TXWRD11 & new_n670_;
  assign new_n781_ = VFIN & V2ZZZ2;
  assign new_n782_ = TXWRD10 & new_n669_;
  assign new_n783_ = ~new_n781_ & ~new_n782_;
  assign new_n784_ = ~new_n780_ & new_n783_;
  assign new_n785_ = INFIN & I2ZZZ2;
  assign new_n786_ = P2ZZZ2 & new_n667_;
  assign new_n787_ = new_n236_ & ~new_n784_;
  assign new_n788_ = ~new_n786_ & ~new_n787_;
  assign new_n789_ = ~new_n785_ & new_n788_;
  assign TXWRD10_P = ~RYZ & ~new_n789_;
  assign new_n791_ = TXWRD12 & new_n670_;
  assign new_n792_ = VFIN & V2ZZZ3;
  assign new_n793_ = TXWRD11 & new_n669_;
  assign new_n794_ = ~new_n792_ & ~new_n793_;
  assign new_n795_ = ~new_n791_ & new_n794_;
  assign new_n796_ = INFIN & I2ZZZ3;
  assign new_n797_ = P2ZZZ3 & new_n667_;
  assign new_n798_ = new_n236_ & ~new_n795_;
  assign new_n799_ = ~new_n797_ & ~new_n798_;
  assign new_n800_ = ~new_n796_ & new_n799_;
  assign TXWRD11_P = ~RYZ & ~new_n800_;
  assign new_n802_ = TXWRD13 & new_n670_;
  assign new_n803_ = VFIN & V2ZZZ4;
  assign new_n804_ = TXWRD12 & new_n669_;
  assign new_n805_ = ~new_n803_ & ~new_n804_;
  assign new_n806_ = ~new_n802_ & new_n805_;
  assign new_n807_ = INFIN & I2ZZZ4;
  assign new_n808_ = P2ZZZ4 & new_n667_;
  assign new_n809_ = new_n236_ & ~new_n806_;
  assign new_n810_ = ~new_n808_ & ~new_n809_;
  assign new_n811_ = ~new_n807_ & new_n810_;
  assign TXWRD12_P = ~RYZ & ~new_n811_;
  assign new_n813_ = TXWRD14 & new_n670_;
  assign new_n814_ = VFIN & V2ZZZ5;
  assign new_n815_ = TXWRD13 & new_n669_;
  assign new_n816_ = ~new_n814_ & ~new_n815_;
  assign new_n817_ = ~new_n813_ & new_n816_;
  assign new_n818_ = new_n713_ & ~new_n817_;
  assign new_n819_ = P2ZZZ5 & new_n707_;
  assign new_n820_ = I2ZZZ5 & new_n683_;
  assign new_n821_ = ~new_n819_ & ~new_n820_;
  assign TXWRD13_P = new_n818_ | ~new_n821_;
  assign new_n823_ = TXWRD15 & new_n670_;
  assign new_n824_ = VFIN & V2ZZZ6;
  assign new_n825_ = TXWRD14 & new_n669_;
  assign new_n826_ = ~new_n824_ & ~new_n825_;
  assign new_n827_ = ~new_n823_ & new_n826_;
  assign new_n828_ = I2ZZZ6 & new_n683_;
  assign new_n829_ = P2ZZZ6 & new_n707_;
  assign new_n830_ = ~new_n828_ & ~new_n829_;
  assign new_n831_ = new_n713_ & ~new_n827_;
  assign TXWRD14_P = ~new_n830_ | new_n831_;
  assign new_n833_ = V2ZZZ7 & new_n686_;
  assign new_n834_ = PFIN & P2ZZZ7;
  assign new_n835_ = TXWRD15 & new_n684_;
  assign new_n836_ = ~new_n834_ & ~new_n835_;
  assign new_n837_ = ~new_n833_ & new_n836_;
  assign new_n838_ = I2ZZZ7 & new_n683_;
  assign new_n839_ = new_n682_ & ~new_n837_;
  assign TXWRD15_P = new_n838_ | new_n839_;
  assign new_n841_ = ~XZ321 & new_n469_;
  assign new_n842_ = XZ321 & XZ320_P;
  assign XZ321_P = new_n841_ | new_n842_;
  assign new_n844_ = ~XZ321 & new_n465_;
  assign new_n845_ = ~XZ320_P & ~new_n844_;
  assign new_n846_ = XZ322 & ~new_n845_;
  assign new_n847_ = ~XZ322 & new_n469_;
  assign new_n848_ = XZ321 & new_n847_;
  assign XZ322_P = new_n846_ | new_n848_;
  assign new_n850_ = ~XZ322 & new_n465_;
  assign new_n851_ = new_n845_ & ~new_n850_;
  assign new_n852_ = new_n432_ & new_n469_;
  assign new_n853_ = ~XZ323 & new_n852_;
  assign new_n854_ = XZ323 & ~new_n851_;
  assign XZ323_P = new_n853_ | new_n854_;
  assign new_n856_ = XZ322 & XZ323;
  assign new_n857_ = new_n465_ & ~new_n856_;
  assign new_n858_ = new_n845_ & ~new_n857_;
  assign new_n859_ = new_n434_ & new_n465_;
  assign new_n860_ = ~XZ324 & new_n859_;
  assign new_n861_ = XZ324 & ~new_n858_;
  assign XZ324_P = new_n860_ | new_n861_;
  assign new_n863_ = ~new_n460_ & new_n465_;
  assign new_n864_ = ~XZ320_P & ~new_n863_;
  assign new_n865_ = XZ160_N & ~new_n864_;
  assign new_n866_ = new_n469_ & new_n509_;
  assign XZ160_F = new_n865_ | new_n866_;
  assign new_n868_ = new_n465_ & ~new_n509_;
  assign new_n869_ = ~XZ320_P & ~new_n868_;
  assign new_n870_ = XZ161 & ~new_n869_;
  assign new_n871_ = ~XZ161 & new_n866_;
  assign XZ161_P = new_n870_ | new_n871_;
  assign new_n873_ = XZ320 & XZ161;
  assign new_n874_ = new_n509_ & new_n873_;
  assign new_n875_ = ~XZ161 & new_n465_;
  assign new_n876_ = new_n869_ & ~new_n875_;
  assign new_n877_ = XZ162 & ~new_n876_;
  assign new_n878_ = ~XZ162 & new_n465_;
  assign new_n879_ = new_n874_ & new_n878_;
  assign XZ162_P = new_n877_ | new_n879_;
  assign new_n881_ = XZ161 & XZ162;
  assign new_n882_ = new_n465_ & ~new_n881_;
  assign new_n883_ = new_n869_ & ~new_n882_;
  assign new_n884_ = XZ163 & ~new_n883_;
  assign new_n885_ = XZ162 & new_n874_;
  assign new_n886_ = ~XZ163 & new_n465_;
  assign new_n887_ = new_n885_ & new_n886_;
  assign XZ163_P = new_n884_ | new_n887_;
  assign new_n889_ = XZFS & OFS1_P;
  assign new_n890_ = ~ICLR & ENWIN;
  assign new_n891_ = ~new_n889_ & ~new_n890_;
  assign new_n892_ = PSRW & ~new_n891_;
  assign ENWIN_P = ~new_n483_ & new_n892_;
endmodule